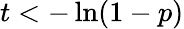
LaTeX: t<-\ln(1-p)